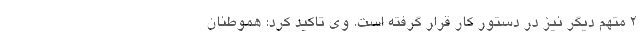
۲ متهم دیگر نیز در دستور کار قرار گرفته است. وی تاکید کرد: هموطنان